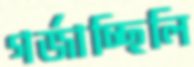
গর্‌জাচ্ছিলি